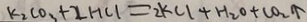
k _ { 2 } C O _ { 3 } + 2 H C l = 2 k C l + H _ { 2 } O + C O _ { 2 } \uparrow